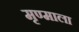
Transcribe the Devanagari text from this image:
मृण्माला